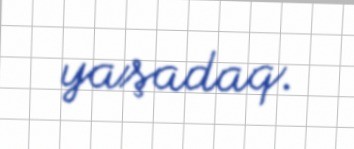
yaşadaq.